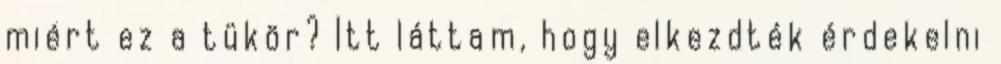
miért ez a tükör? Itt láttam, hogy elkezdték érdekelni